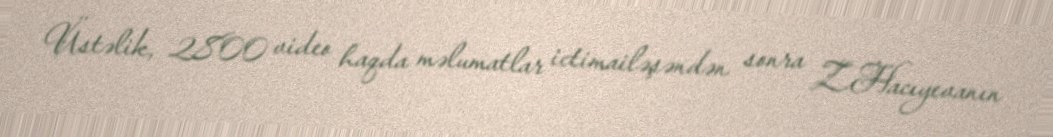
Üstəlik, 2800 video haqda məlumatlar ictimailəşəndən sonra Z.Hacıyevanın